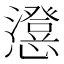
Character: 𭟕